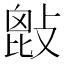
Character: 𢾱